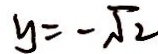
y = - \sqrt { 2 }